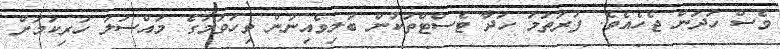
ވެސް ހަދަން ޖެހެއެވެ. ފުރަތަމަ ހަދާ ޓެސްޓްތަކުން ބަލިވެއިނުން ވިހަވުމުގެ މައްސަލަ ހުރިކަމަށް